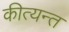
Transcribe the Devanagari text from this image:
कीत्यन्त